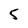
Character: 5